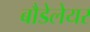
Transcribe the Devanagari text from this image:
बौडेलेयर